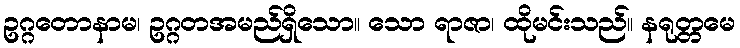
ဥဂ္ဂတောနာမ၊ ဥဂ္ဂတအမည်ရှိသော။ သော ရာဇာ၊ ထိုမင်းသည်။ နရုတ္တမေ